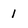
Character: 1